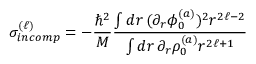
\sigma _ { i n c o m p } ^ { ( \ell ) } = - \frac { \hbar ^ { 2 } } { M } \frac { \int d r \, ( \partial _ { r } \phi _ { 0 } ^ { ( a ) } ) ^ { 2 } r ^ { 2 \ell - 2 } } { \int d r \, \partial _ { r } \rho _ { 0 } ^ { ( a ) } r ^ { 2 \ell + 1 } }